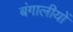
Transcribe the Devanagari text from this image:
बंगालीयों